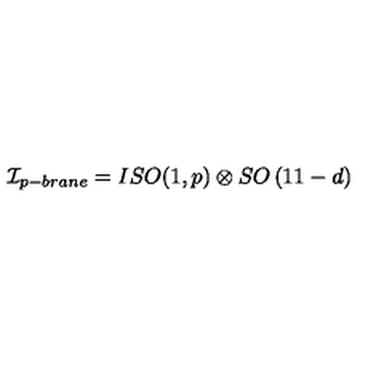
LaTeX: { \cal I } _ { p - b r a n e } = I S O ( 1 , p ) \otimes S O \left( 1 1 - d \right)